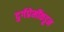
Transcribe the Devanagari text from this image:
दुर्गप्रेमींकडून